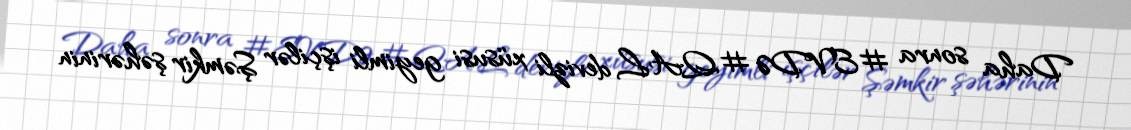
Daha sonra #EVDƏ #QAL devizli xüsusi geyimli işçilər Şəmkir şəhərinin